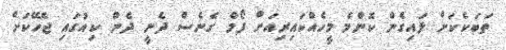
ތަބަކެކަށް ލައިގެން ކޮންމެ މީހެއްކައިރިއަށް ފޯމް ގެނެސް ދެނީ ދެން ކިއުގައި ޖެހޭކަށް